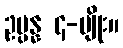
ဥပ္ပန္န ၄-မျိုး။